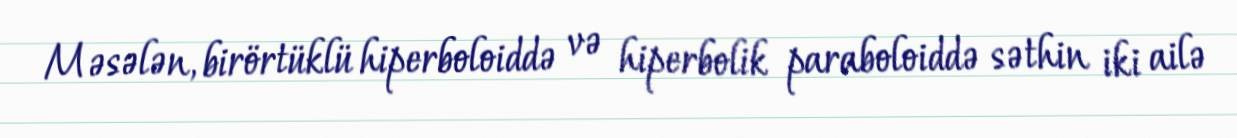
Məsələn, birörtüklü hiperboloiddə və hiperbolik paraboloiddə səthin iki ailə